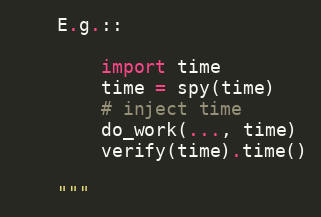
Language: Python
    E.g.::

        import time
        time = spy(time)
        # inject time
        do_work(..., time)
        verify(time).time()

    """